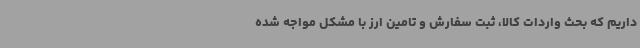
داریم که بحث واردات کالا، ثبت سفارش و تامین ارز با مشکل مواجه شده